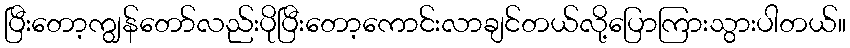
ပြီးတော့ကျွန်တော်လည်းပိုပြီးတော့ကောင်းလာချင်တယ်လို့ပြောကြားသွားပါတယ်။